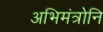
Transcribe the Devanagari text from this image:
अभिमंत्रोनि